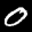
Label: 0